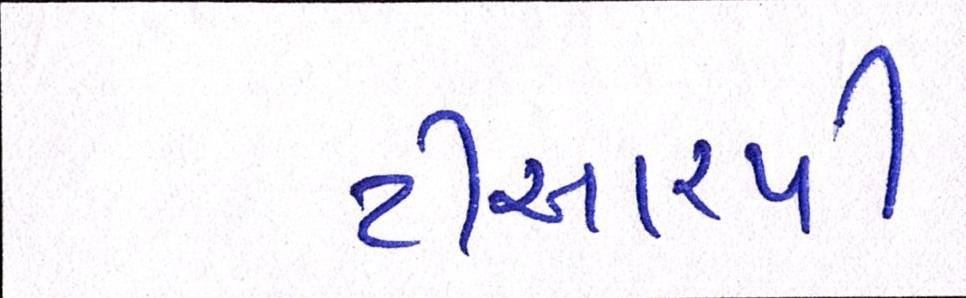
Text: ટીઆરપી